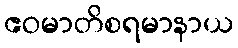
ဧဝမာတိစရမာနာယ